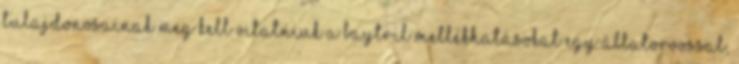
tulajdonosainak meg kell vitatniuk a Baytril mellékhatásokat egy állatorvossal,